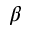
\beta